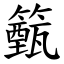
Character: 籈